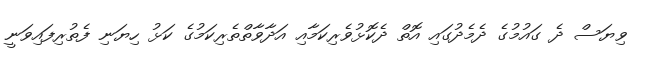
ވިޔަސް ދެ ގައުމުގެ ދެމެދުގައި އޮތް ދެކޮޅުވެރިކަމާއި އަދާވާތްތެރިކަމުގެ ކަޅު ހިޔަނި ފެތުރިފައިވަނީ